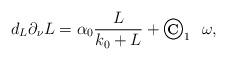
LaTeX: \begin{align*}d_L \partial_{\nu} L = \alpha_0 \frac{L}{k_0 + L} + {\large {\copyright_1}} \ \ \omega,\end{align*}